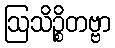
ဩသိဉ္စိတဗ္ဗာ